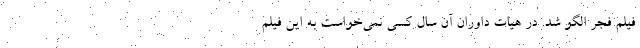
فیلم فجر الگو شد. در هیات داوران آن سال کسی نمی‌خواست به این فیلم